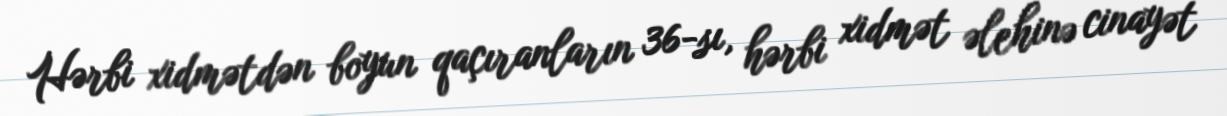
Hərbi xidmətdən boyun qaçıranların 36-sı, hərbi xidmət əlehinə cinayət